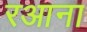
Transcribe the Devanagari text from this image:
रआना